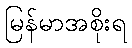
မြန်မာအစိုးရ